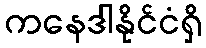
ကနေဒါနိုင်ငံရှိ